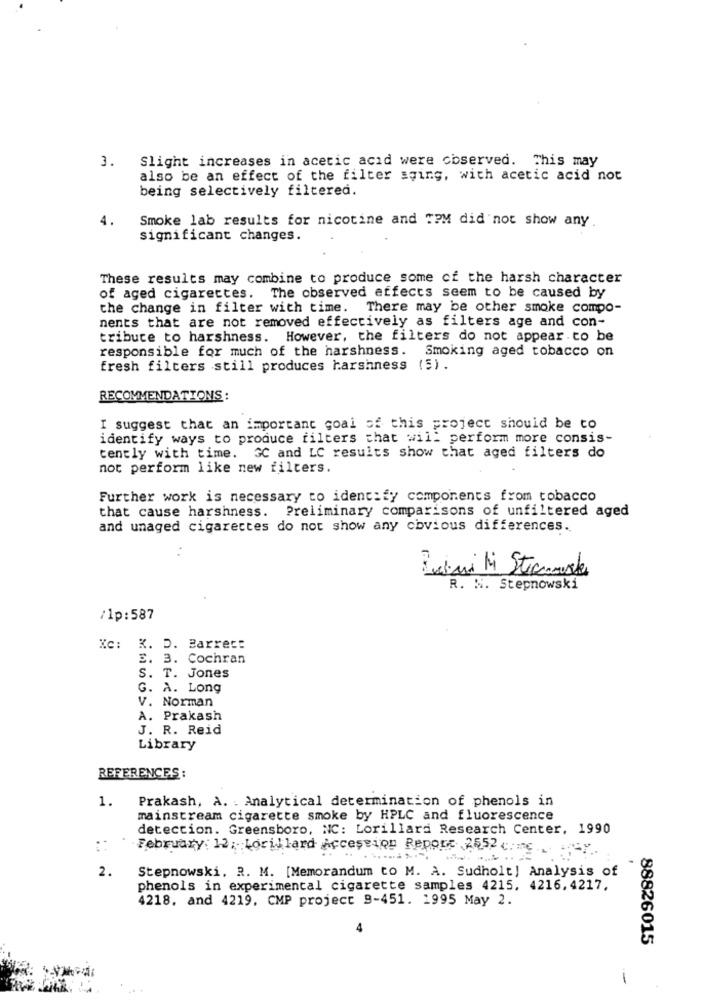
3. Slight increases in acetic acid were observed. This may
also be an effect of the filter aging, with acetic acid not
being selectively filtered.
Smoke lab results for nicotine and "?M did not show any
significant changes.
These results may combine to produce some of the harsh character
of aged cigarettes. The observed effects seem to be caused by
the change in filter with time. There may be other smoke compo-
nents that are not removed effectively as filters age and con-
tribute to harshness. However, the filters do not appear to be
responsible for much of the harshness.
Smoking aged tobacco on
fresh filters still produces harshness (5).
RECOMMENDATIONS:
I suggest that an important goal of this project should be to
identify ways to produce filters that will perform more consis-
cently with time. 3C and LC results show that aged filters do
not perform like new filters.
Further work is necessary to identify components from tobacco
that cause harshness. Preliminary comparisons of unfiltered aged
and unaged cigarettes do not show any obvious differences.
R. N. Stepnowski
/lp:587
Ke: X. D. Barrec:
3. 3. Cochran
S. T. Jones
G. A. Long
V. Norman
1505
A. Prakash
J. R. Reid
Library
REFERENCES :
1.
Prakash, A. . Analytical determination of phenols in
mainstream cigarette smoke by HPLC and fluorescence
detection. Greensboro, NC: Lorillard Research Center, 1990
February 12; Lorillard Accession Report 2552 .
2.
Stepnowski, R. M. [Memorandum to M. A. Sudholt] Analysis of
phenols in experimental cigarette samples 4215, 4216.4217.
4218, and 4219, CMP project 9-451. 1995 May 2.
88826015